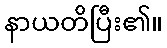
နာယတိပြီး၏။